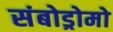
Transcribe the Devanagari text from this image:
संबोड्रोमो